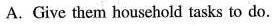
A. Give them household tasks to do.